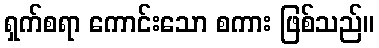
ရှက်စရာ ကောင်းသော စကား ဖြစ်သည်။